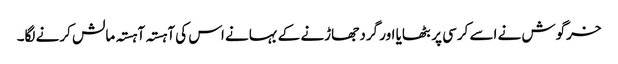
خرگوش نے اسے کرسی پر بٹھایا اور گرد جھاڑنے کے بہانے اس کی آہستہ آہستہ مالش کرنے لگا۔